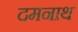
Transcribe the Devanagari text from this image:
दमनाथ